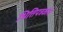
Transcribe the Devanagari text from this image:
भित्तिपत्रकांचे